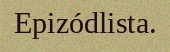
Epizódlista.